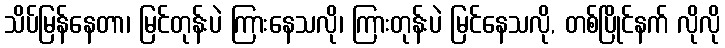
သိပ်မြန်နေတာ၊ မြင်တုန်းပဲ ကြားနေသလို၊ ကြားတုန်းပဲ မြင်နေသလို, တစ်ပြိုင်နက် လိုလို